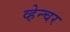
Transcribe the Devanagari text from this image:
व्हेन्चर